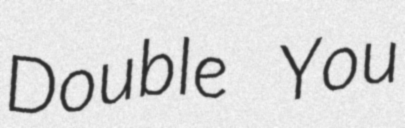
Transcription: Double You